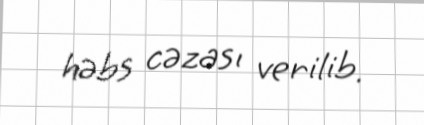
həbs cəzası verilib.